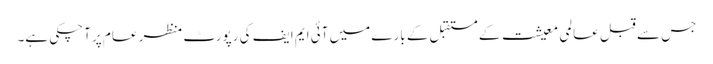
جس سے قبل عالمی معیشت کے مستقبل کے بارے میں آئی ایم ایف کی رپورٹ منظر عام پر آچکی ہے۔